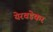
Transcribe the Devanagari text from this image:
येरवडेकर